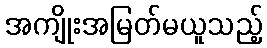
အကျိုးအမြတ်မယူသည့်